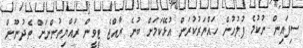
ސިފައިން ނުކުމެ ފުލުހުން ހައްޔަރުކުރަން އުޅޭކަމަށް ބުނެ ރާއްޖެ ޓީވީން ރައްޔިތުންނަށް ތެދުނޫން